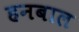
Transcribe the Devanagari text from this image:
हनबाल